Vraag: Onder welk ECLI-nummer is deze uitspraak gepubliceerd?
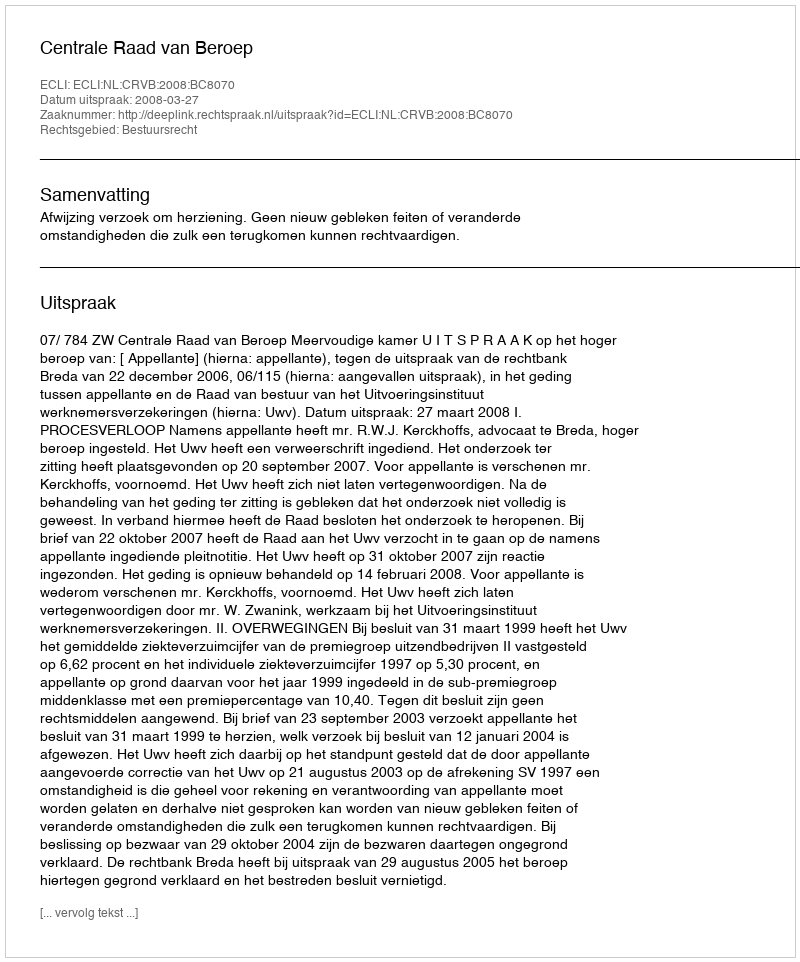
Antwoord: ECLI:NL:CRVB:2008:BC8070